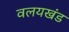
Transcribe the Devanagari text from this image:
वलयखंड